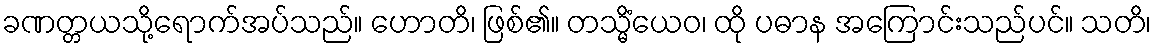
ခဏတ္တယသို့ရောက်အပ်သည်။ ဟောတိ၊ ဖြစ်၏။ တသ္မိံယေဝ၊ ထို ပဓာန အကြောင်းသည်ပင်။ သတိ၊